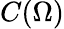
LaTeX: C(\Omega)